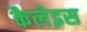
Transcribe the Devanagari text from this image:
कैलेइस